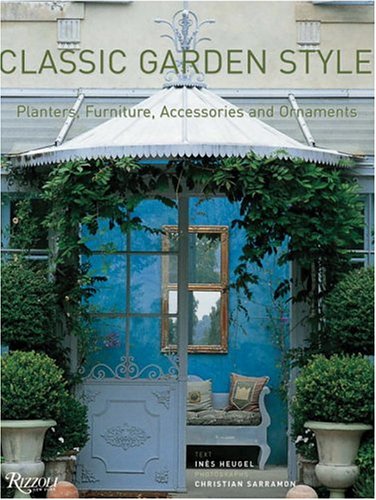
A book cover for Classic Garden Style: Planters, Furniture, Accessories, and Ornaments; Ines Heugel; Crafts, Hobbies & Home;